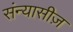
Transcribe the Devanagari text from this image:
संन्यासीज़